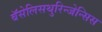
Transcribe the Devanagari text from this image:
बॅसेलिसथुरिन्जेन्सिस